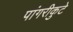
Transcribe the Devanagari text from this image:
पांगरीकुटे